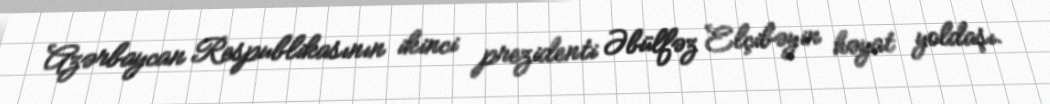
Azərbaycan Respublikasının ikinci prezidenti Əbülfəz Elçibəyin həyat yoldaşı.